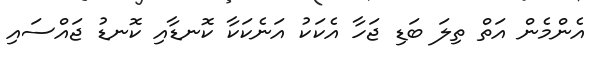
އެންމެން އަތް ތިލަ ބަޑި ޖަހާ އެކަކު އަނެކަކާ ކޮނޑާއި ކޮނޑު ޖައްސައި